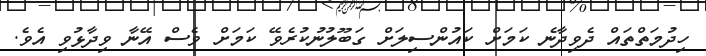
ހިދުމަތްތައް ދެވިދާނެ ކަމަށް ކައުންސިލަށް ގަބޫލުނުކުރެވޭ ކަމަށް ވެސް އޭނާ ވިދާޅުވި އެވެ.